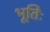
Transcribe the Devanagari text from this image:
भूतिः